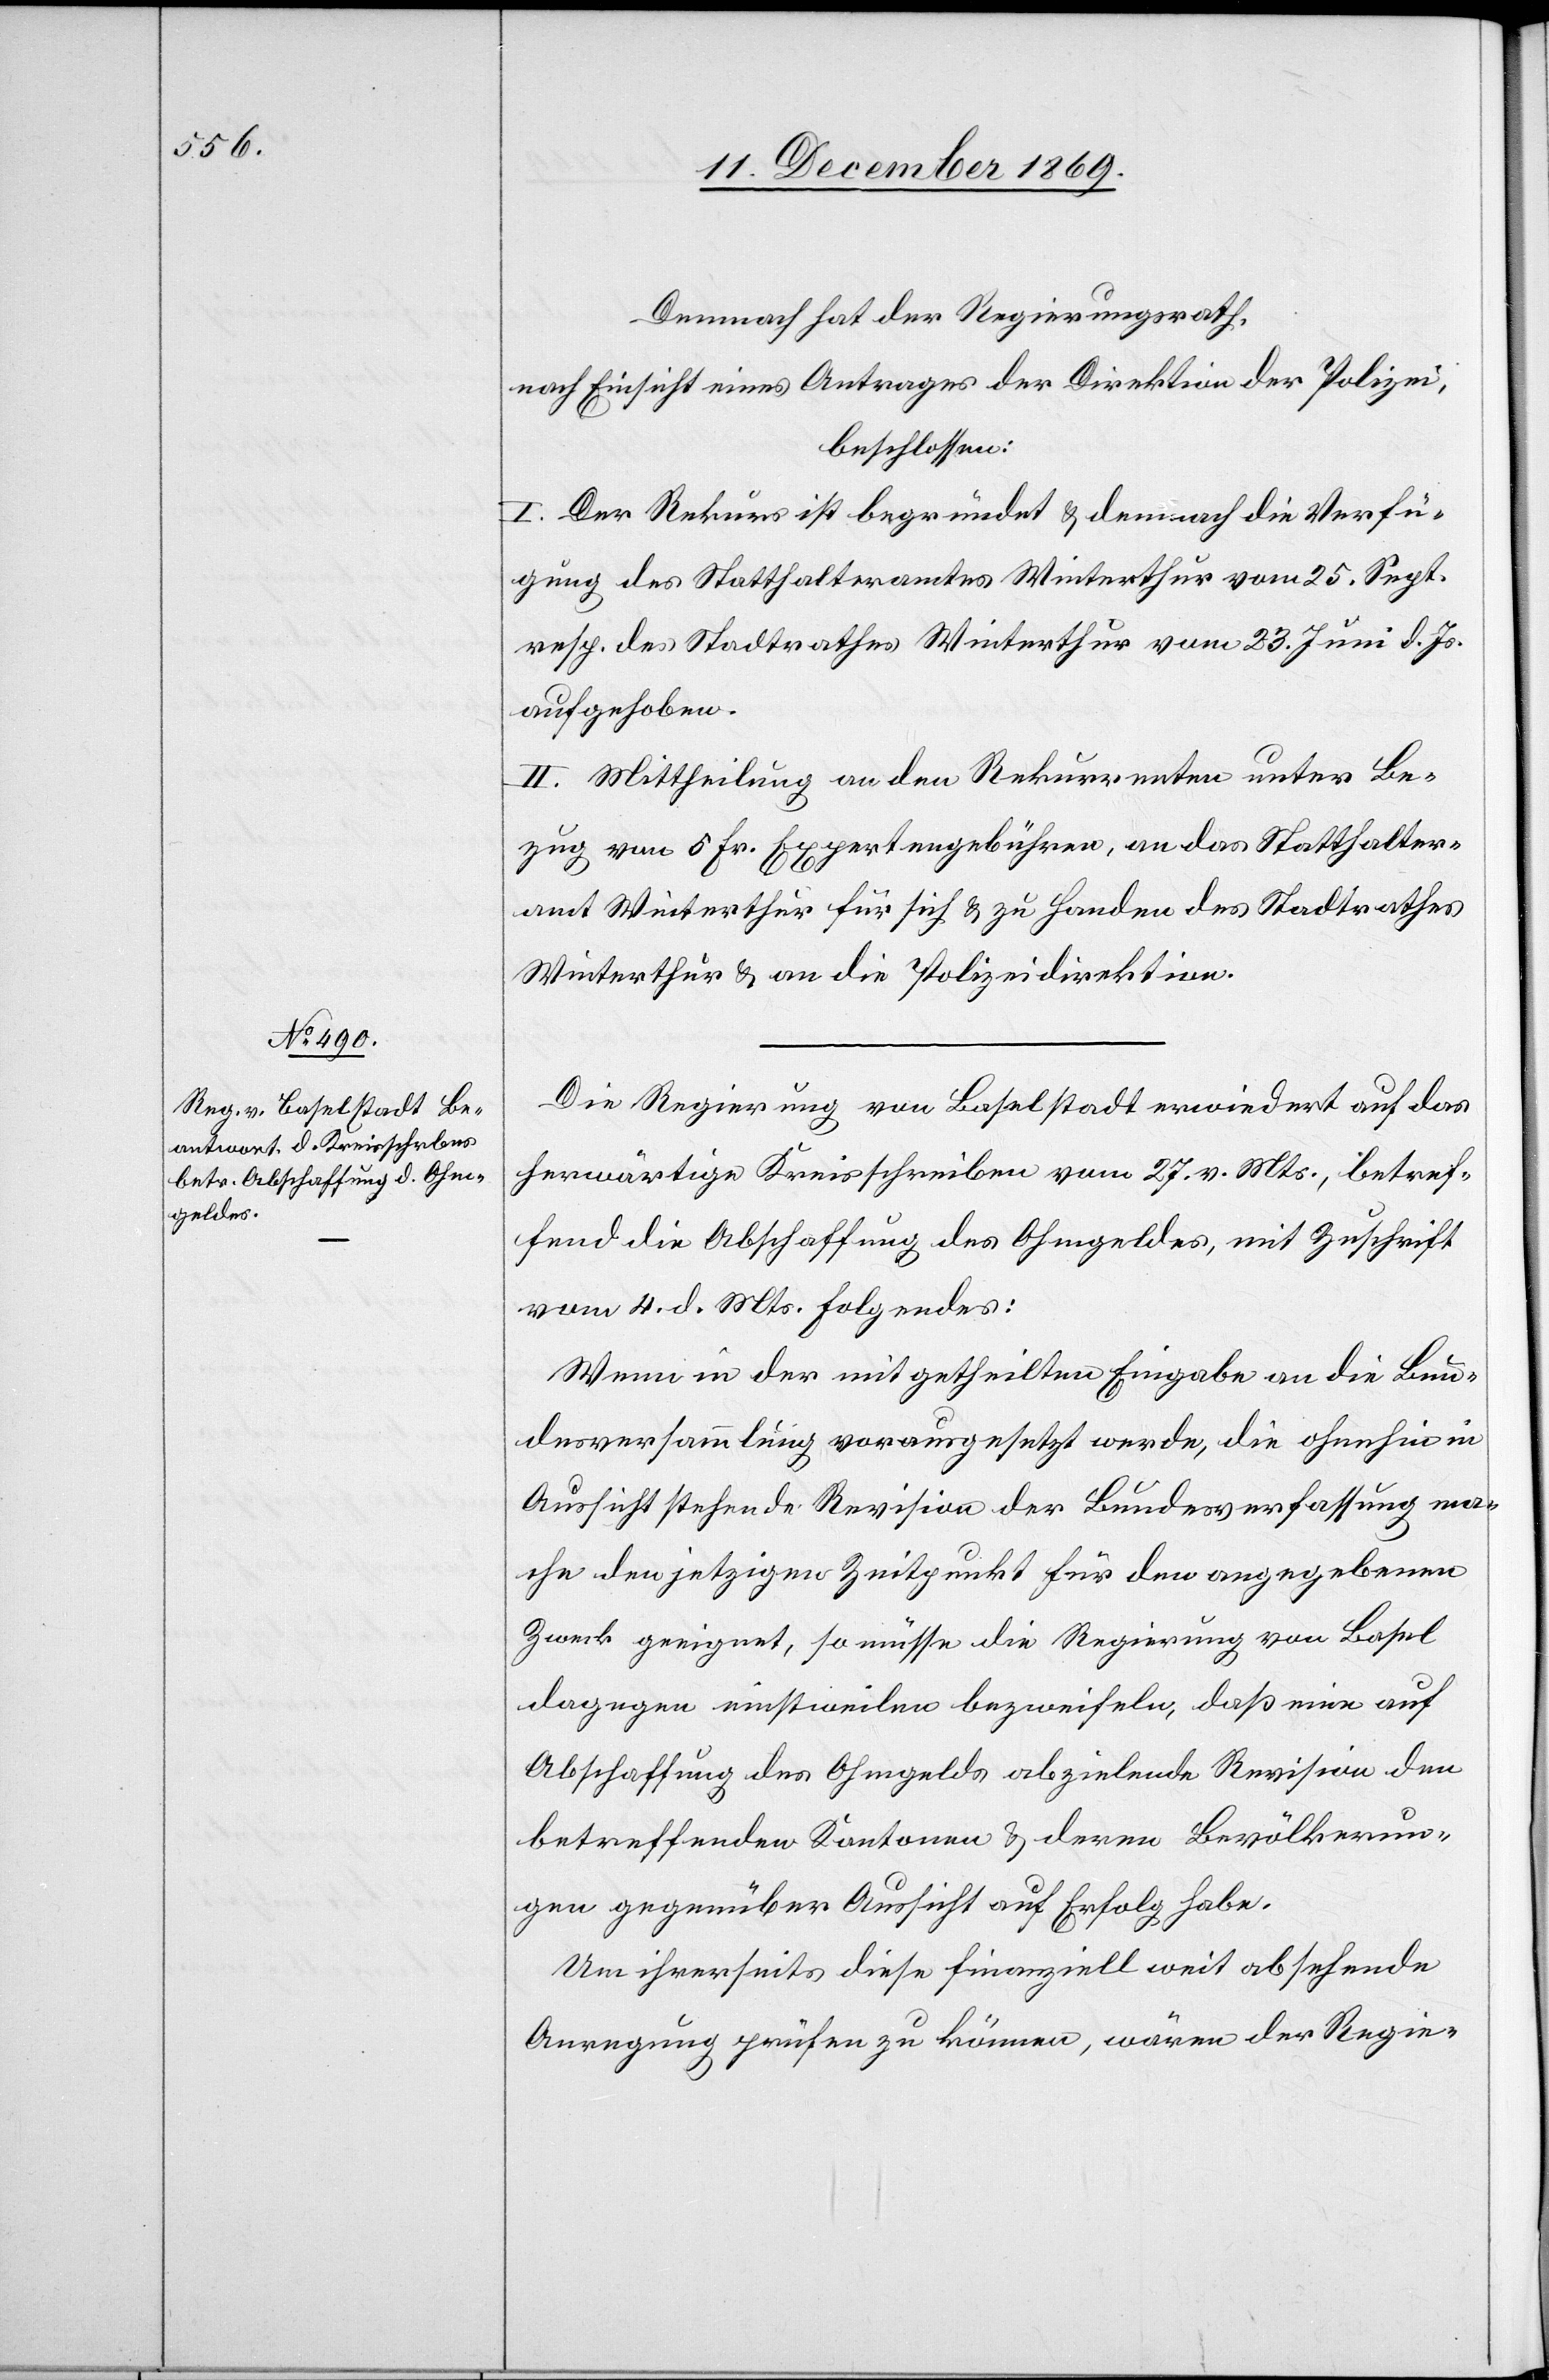
Demnach hat der Regierungsrath,
nach Einsicht eines Antrages der Direktion der Polizei,
beschlossen:
I. Der Rekurs ist begründet & demnach die Verfü¬
gung des Statthalteramtes Winterthur vom 25. Sept.
resp. des Stadtrathes Winterthur vom 23. Juni d. Js.
aufgehoben.
II. Mittheilung an den Rekurrenten unter Be¬
zug von 5 Fr. Expertengebühren, an das Statthalter¬
amt Winterthur für sich & zu Handen des Stadtrathes
Winterthur & an die Polizeidirektion.
Die Regierung von Baselstadt erwiedert auf das
herwärtige Kreisschreiben vom 27. v. Mts., betref¬
fend die Abschaffung des Ohmgeldes, mit Zuschrift
vom 4. d. Mts. Folgendes:
Wenn in der mitgetheilten Eingabe an die Bun¬
desversammlung vorausgesetzt werde, die ohnehin in
Aussicht stehende Revision der Bundesverfassung ma¬
che den jetzigen Zeitpunkt für den angegebenen
Zweck geeignet, so müsse die Regierung von Basel
dagegen einstweilen bezweifeln, daß eine auf
Abschaffung des Ohmgelds abzielende Revision den
betreffenden Kantonen & deren Bevölkerun¬
gen gegenüber Aussicht auf Erfolg habe.
Um ihrerseits diese finanziell weit absehende
Anregung prüfen zu können, wären der Regie-